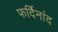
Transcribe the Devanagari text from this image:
फर्दिनांद